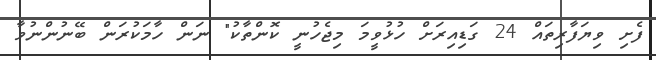
ފެށި ވިޔަފާރިތައް 24 ގަޑިއިރަށް ހުޅުވީމަ މިޖެހުނީ ކޮންތާކު" ނަން ހާމަކުރަން ބޭނުންނުވާ